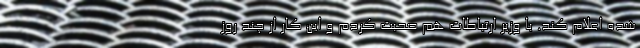
شده اعلام کند. با وزیر ارتباطات هم صحبت کردم و این کار از چند روز